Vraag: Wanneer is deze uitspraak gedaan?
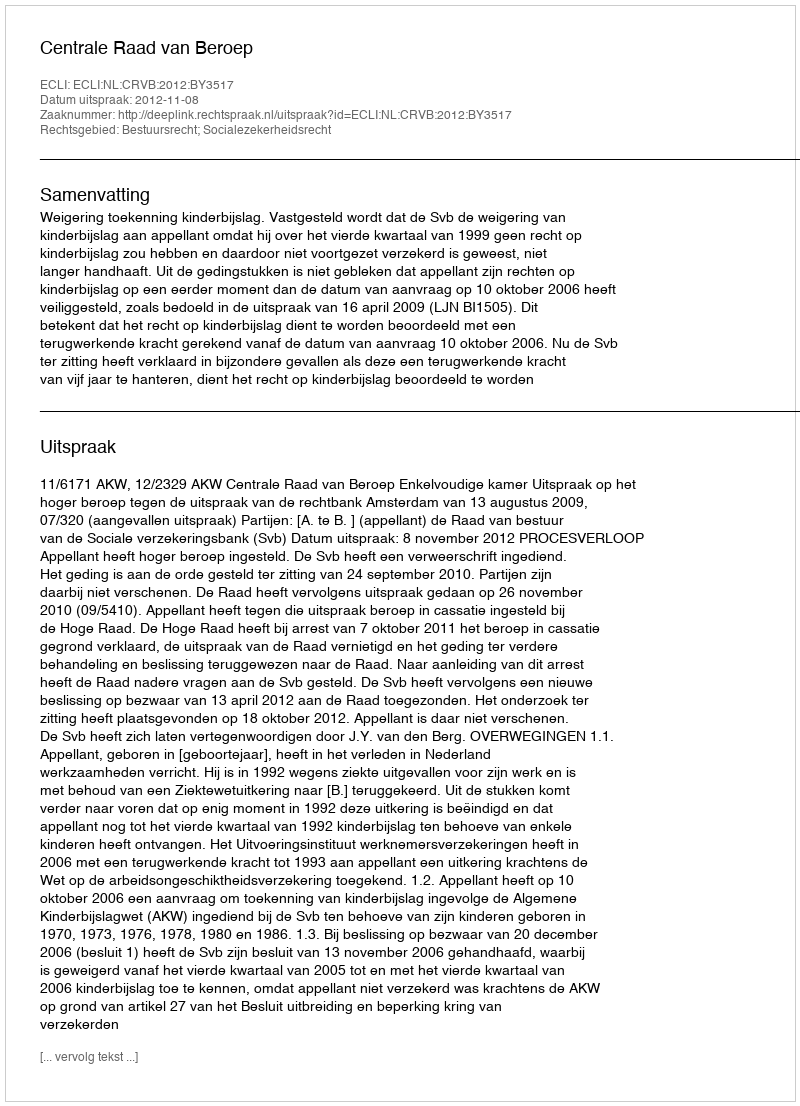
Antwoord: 2012-11-08